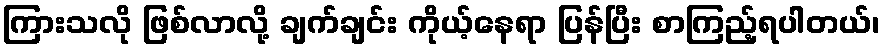
ကြားသလို ဖြစ်လာလို့ ချက်ချင်း ကိုယ့်နေရာ ပြန်ပြီး စာကြည့်ရပါတယ်၊